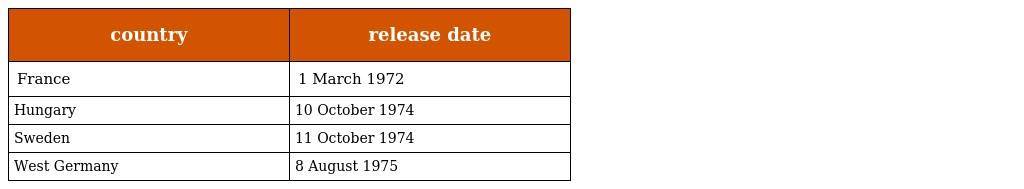
| country | release date |
 | --- | --- |
 | France | 1 March 1972 |
 | Hungary | 10 October 1974 |
 | Sweden | 11 October 1974 |
 | West Germany | 8 August 1975 |